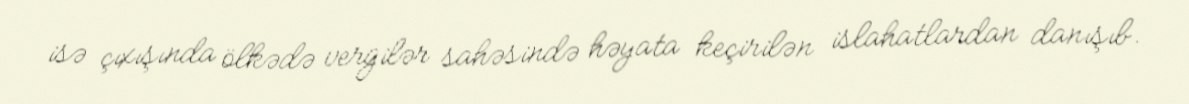
isə çıxışında ölkədə vergilər sahəsində həyata keçirilən islahatlardan danışıb.